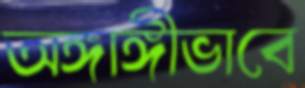
অঙ্গাঙ্গীভাবে